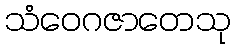
သံဝေဂဇာတေသု